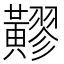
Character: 䵏